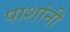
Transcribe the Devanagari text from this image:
पाशांनी